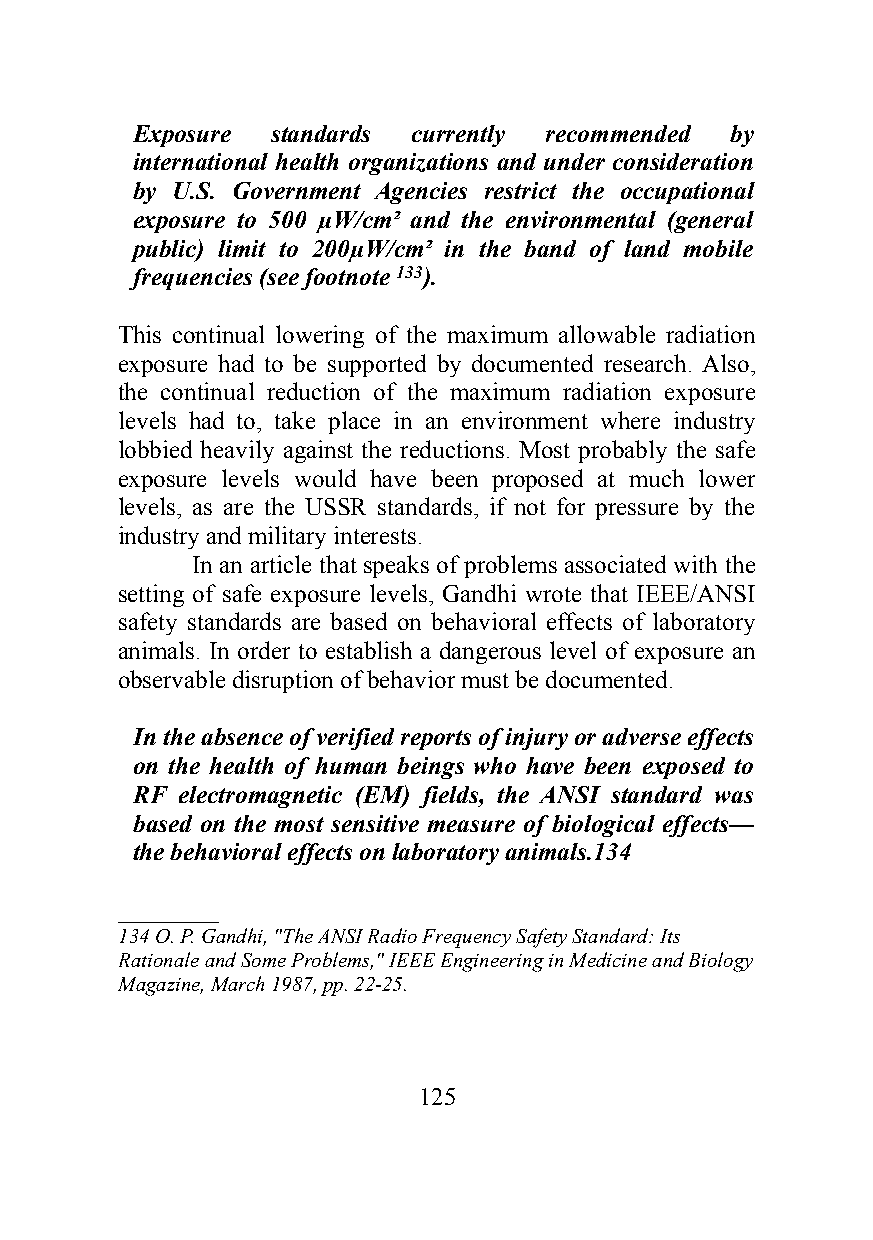
Exposure standards currently recommended by
 international health organizations and under consideration
 by U.S. Government Agencies restrict the occupational
 exposure to 500 µW/cm² and the environmental (general
 public) limit to 200µW/cm² in the band of land mobile
 frequencies (see footnote 133).
 This continual lowering of the maximum allowable radiation
 exposure had to be supported by documented research. Also,
 the continual reduction of the maximum radiation exposure
 levels had to, take place in an environment where industry
 lobbied heavily against the reductions. Most probably the safe
 exposure levels would have been proposed at much lower
 levels, as are the USSR standards, if not for pressure by the
 industry and military interests.
 In an article that speaks of problems associated with the
 setting of safe exposure levels, Gandhi wrote that IEEE/ANSI
 safety standards are based on behavioral effects of laboratory
 animals. In order to establish a dangerous level of exposure an
 observable disruption of behavior must be documented.
 In the absence of verified reports of injury or adverse effects
 on the health of human beings who have been exposed to
 RF electromagnetic (EM) fields, the ANSI standard was
 based on the most sensitive measure of biological effects—
 the behavioral effects on laboratory animals.134
 ________
 134 O. P. Gandhi, "The ANSI Radio Frequency Safety Standard: Its
 Rationale and Some Problems," IEEE Engineering in Medicine and Biology
 Magazine, March 1987, pp. 22-25.
 125